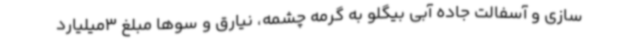
سازی و آسفالت جاده آبی بیگلو به گرمه چشمه، نیارق و سوها مبلغ 3میلیارد